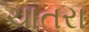
ચાતરા